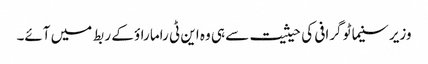
وزیر سنیما ٹو گرافی کی حیثیت سے ہی وہ این ٹی راما راؤ کے ربط میں آئے۔